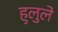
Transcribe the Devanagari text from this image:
हुलुले